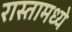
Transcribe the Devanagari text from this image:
रास्तामध्ये